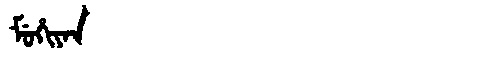
Manchu: ᠮᡠᡥᡳᠶᠠᠨ
Romanization: MUHIYAN